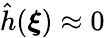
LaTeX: \hat{h}(\boldsymbol{\xi})\approx 0